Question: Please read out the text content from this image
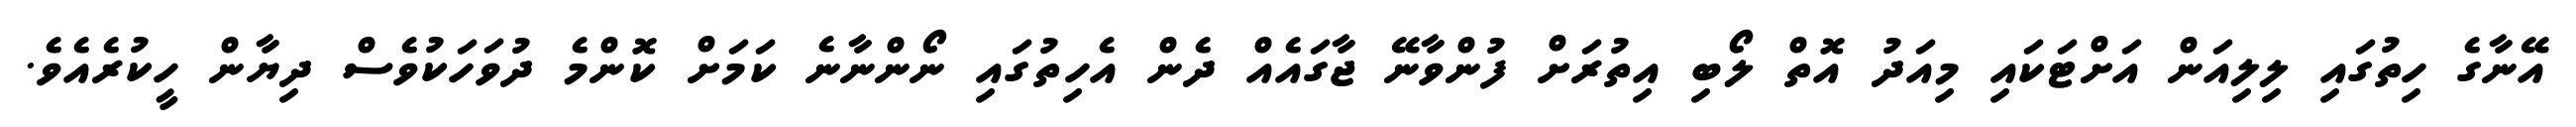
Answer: އޭނާގެ ހިތުގައި ލިލިއަން އަށްޓަކައި މިއަދު އޮތް ލޯބި އިތުރަށް ފުންވާނޭ ޖާގައެއް ދެން އެހިތުގައި ނޯންނާނެ ކަމަށް ކޮންމެ ދުވަހަކުވެސް ދިޔާން ހީކުރެއެވެ.